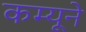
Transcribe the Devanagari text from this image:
कम्यूने